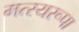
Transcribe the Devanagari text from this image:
मत्स्यरूपा